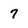
Character: 7